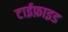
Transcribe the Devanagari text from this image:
टाईफ़ाइड